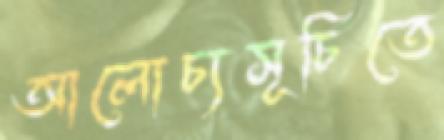
আলোচ্যসূচিতে